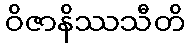
ဝိဇာနိဿသီတိ